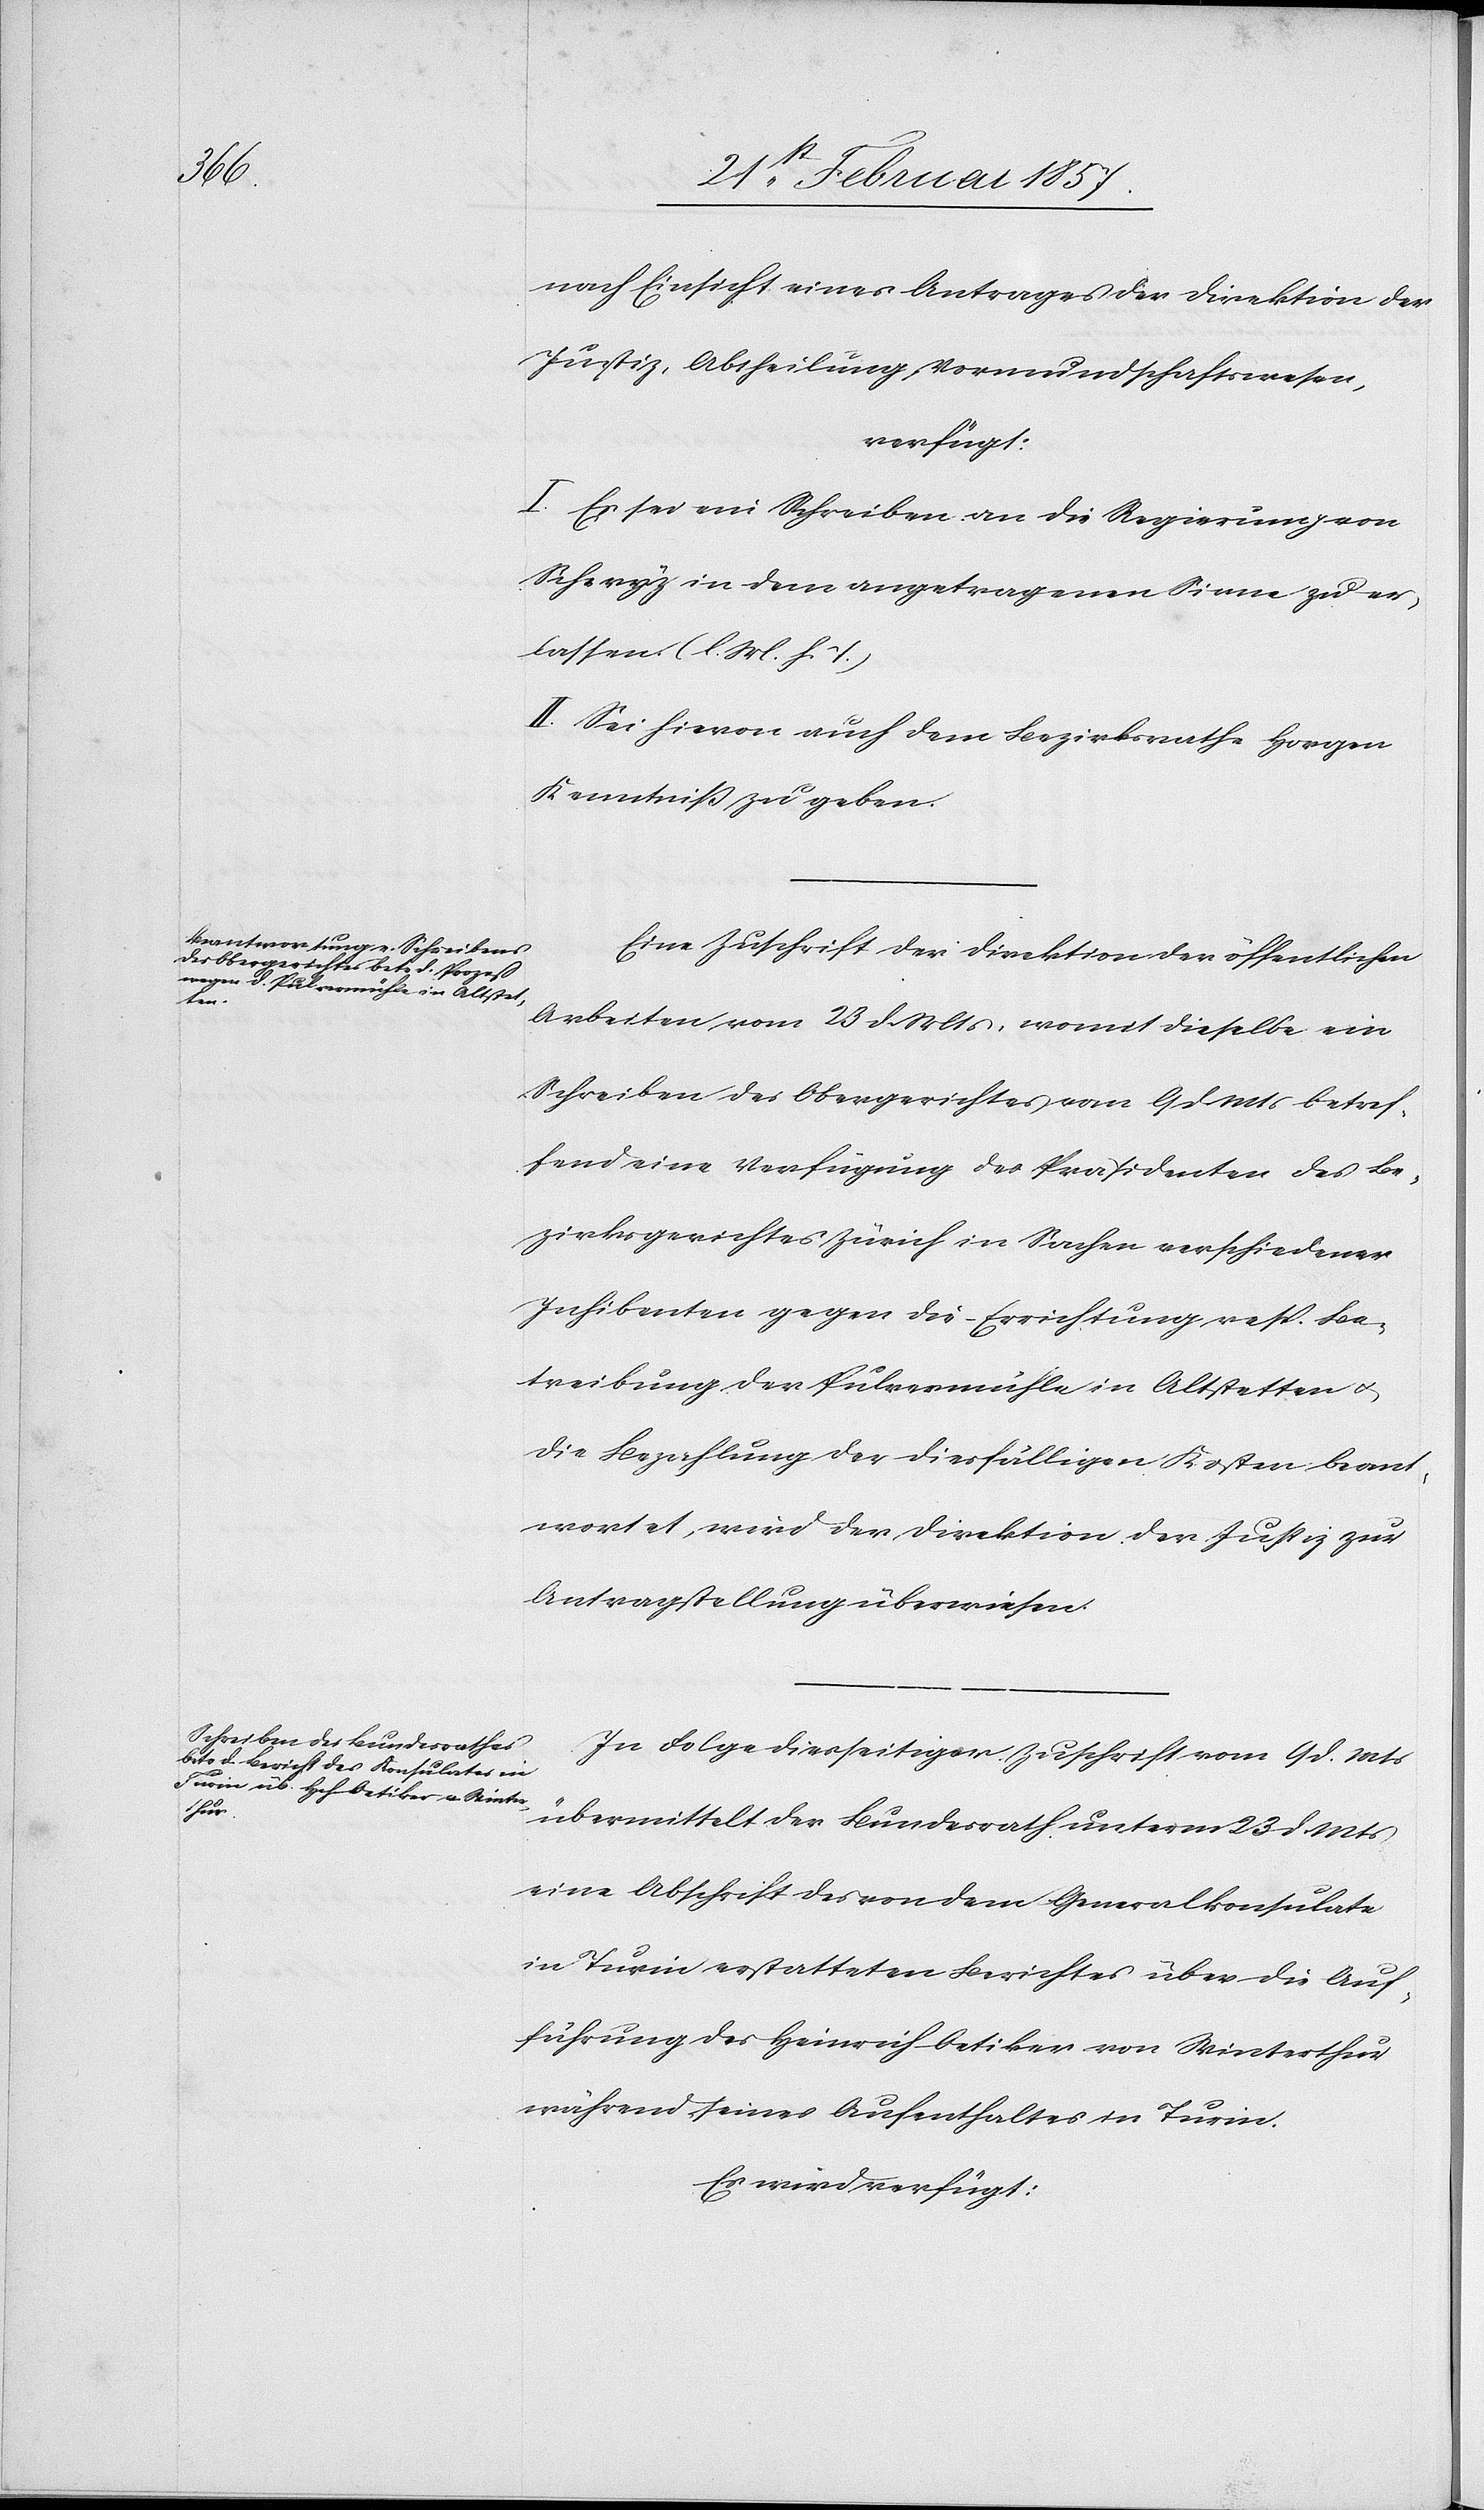
den

24 Februar 1857.]
nach Einsicht eines Antrages der Direktion der
Justiz, Abtheilung Vormundschaftswesen,
verfügt:
I. Es sei ein Schreiben an die Regierung von
Schwyz in dem angetragenen Sinne zu er¬
lassen. (l. M. h. T.)
II. Sei hievon auch dem Bezirksrathe Horgen
Kenntniß zu geben.
Eine Zuschrift der Direktion der öffentlichen
Arbeiten vom 23 d. Mts, womit dieselbe ein
Schreiben des Obergerichtes vom 9 d. Mts betref¬
fend eine Verfügung des Präsidenten des Be¬
zirksgerichtes Zürich in Sachen verschiedener
Inhibenten gegen die Errichtung resp. Be¬
treibung der Pulvermühle in Altstetten u.
die Bezahlung der diesfälligen Kosten beant¬
wortet, wird der Direktion der Justiz zur
Antragstellung überwiesen.
In Folge diesseitiger Zuschrift vom 9 d. Mts
übermittelt der Bundesrath unterm 23 d. Mts
eine Abschrift des von dem Generalkonsulate
in Turin erstatteten Berichtes über die Auf¬
führung des Heinrich Oetiker von Winterthur
während seines Aufenthaltes in Turin.
Es wird verfügt: